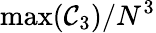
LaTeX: \operatorname*{max}(\mathcal{C}_{3})/N^{3}